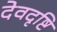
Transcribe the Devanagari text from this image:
देवदृष्टि